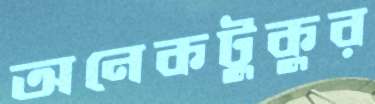
অনেকটুকুর